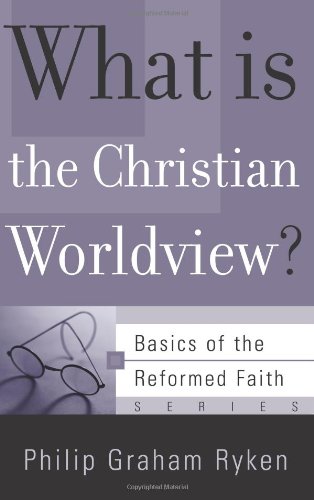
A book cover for What Is the Christian Worldview? (Basics of the Faith) (Basics of the Reformed Faith); Philip Graham Ryken; Christian Books & Bibles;